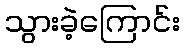
သွားခဲ့ကြောင်း